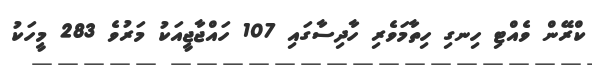
ކްރޭން ވެއްޓި ހިނގި ހިތާމަވެރި ހާދިސާގައި 107 ހައްޖާޖީއަކު މަރުވެ 283 މީހަކު